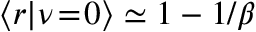
\left\langle r \middle | \nu \! = \! 0 \right\rangle \simeq 1 - 1 / \beta